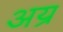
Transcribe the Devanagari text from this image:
अय्र